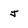
Character: j